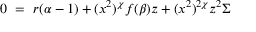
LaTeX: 0 ~ = ~ r ( \alpha - 1 ) + ( x ^ { 2 } ) ^ { \chi } f ( \beta ) z + ( x ^ { 2 } ) ^ { 2 \chi } z ^ { 2 } \Sigma